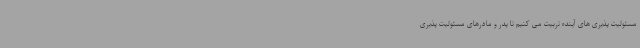
مسئولیت پذیری های آینده تربیت می کنیم تا پدر و مادرهای مسئولیت پذیری